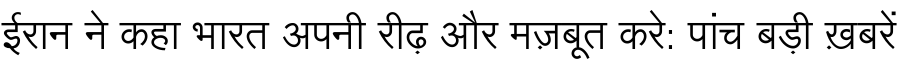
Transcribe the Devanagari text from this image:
ईरान ने कहा भारत अपनी रीढ़ और मज़बूत करे: पांच बड़ी ख़बरें